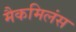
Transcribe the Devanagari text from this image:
मैकमिलंस